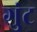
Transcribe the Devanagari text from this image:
गुंट